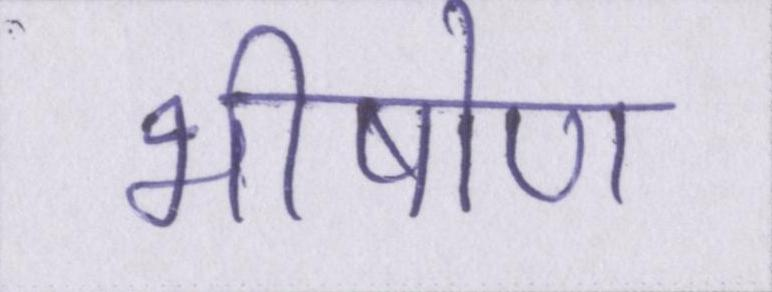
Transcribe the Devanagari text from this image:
भीषोण